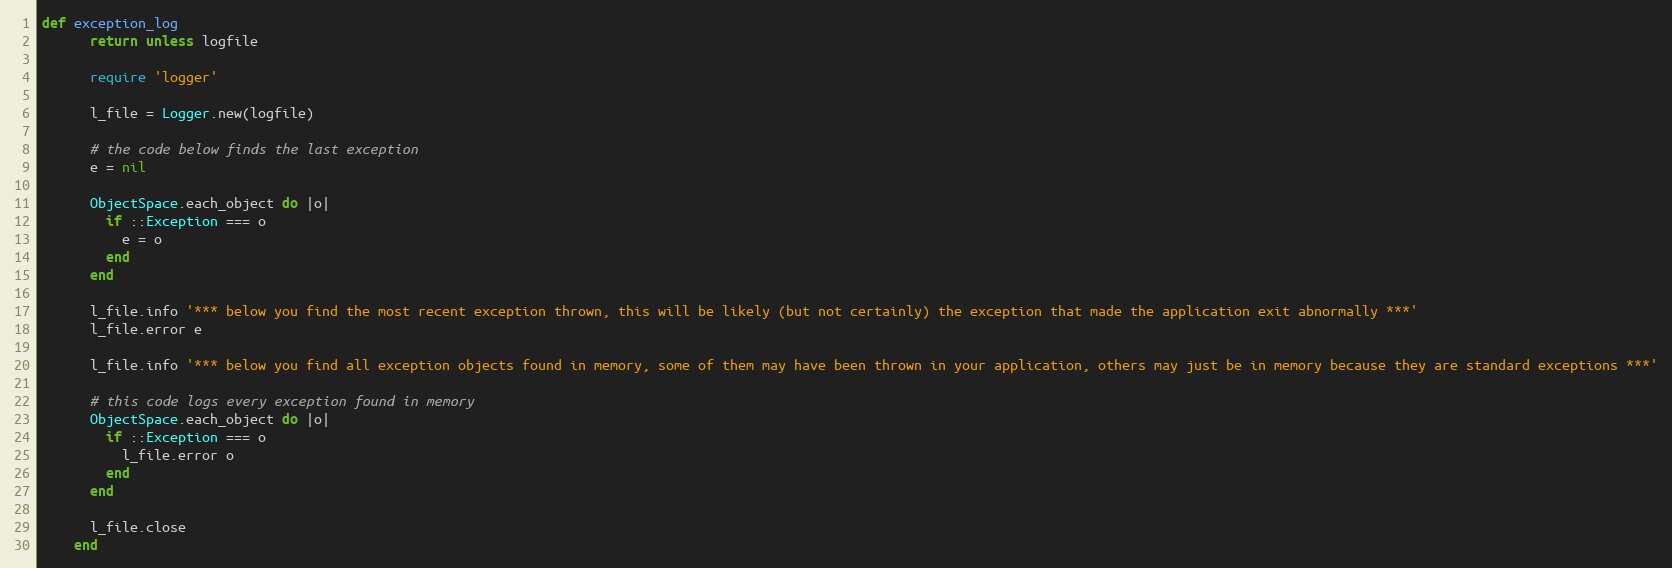
Language: Ruby
def exception_log
      return unless logfile

      require 'logger'

      l_file = Logger.new(logfile)

      # the code below finds the last exception
      e = nil

      ObjectSpace.each_object do |o|
        if ::Exception === o
          e = o
        end
      end

      l_file.info '*** below you find the most recent exception thrown, this will be likely (but not certainly) the exception that made the application exit abnormally ***'
      l_file.error e

      l_file.info '*** below you find all exception objects found in memory, some of them may have been thrown in your application, others may just be in memory because they are standard exceptions ***'

      # this code logs every exception found in memory
      ObjectSpace.each_object do |o|
        if ::Exception === o
          l_file.error o
        end
      end

      l_file.close
    end